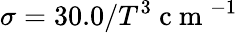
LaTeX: \sigma=30.0/T^{3}\mathrm{~c~m~}^{-1}